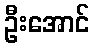
ဦးအောင်